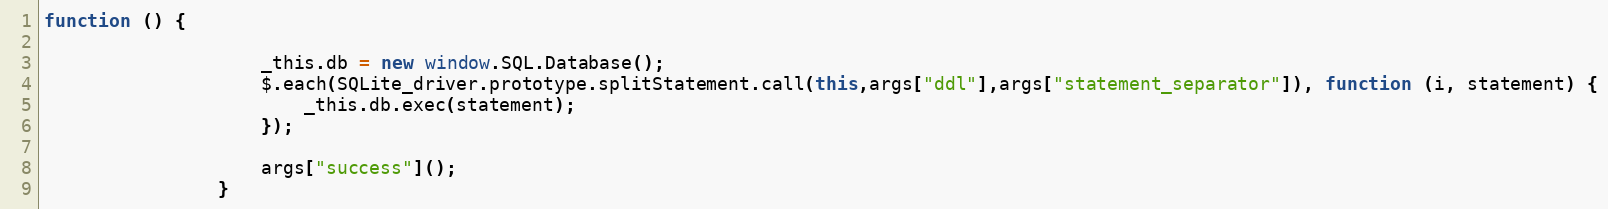
Language: JavaScript
function () {

                    _this.db = new window.SQL.Database();
                    $.each(SQLite_driver.prototype.splitStatement.call(this,args["ddl"],args["statement_separator"]), function (i, statement) {
                        _this.db.exec(statement);
                    });

                    args["success"]();
                }